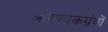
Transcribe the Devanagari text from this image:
आरण्यकग्रंथों